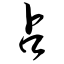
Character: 占